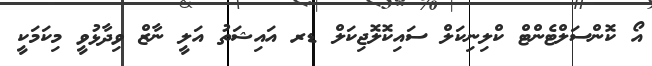
އޯ ކޮންސަލްޓެންޓް ކްލިނިކަލް ސައިކޮލޮޖިކަލް ޑރ އައިޝަތު އަލީ ނާޒް ވިދާޅުވީ މިކަމަކީ